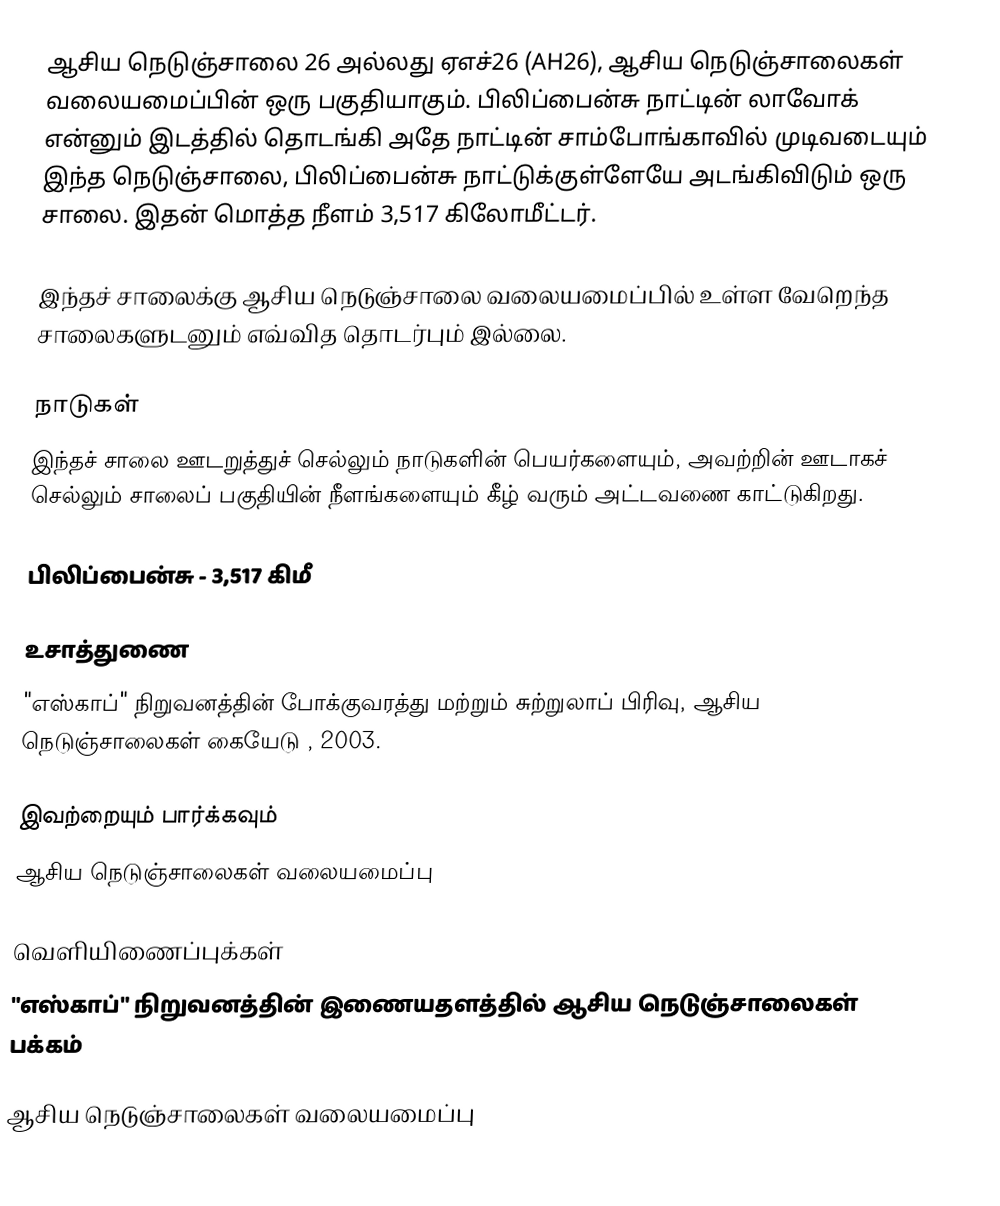
ஆசிய நெடுஞ்சாலை 26 அல்லது ஏஎச்26 (AH26), ஆசிய நெடுஞ்சாலைகள் வலையமைப்பின் ஒரு பகுதியாகும். பிலிப்பைன்சு நாட்டின் லாவோக் என்னும் இடத்தில் தொடங்கி அதே நாட்டின் சாம்போங்காவில் முடிவடையும் இந்த நெடுஞ்சாலை, பிலிப்பைன்சு நாட்டுக்குள்ளேயே அடங்கிவிடும் ஒரு சாலை. இதன் மொத்த நீளம் 3,517 கிலோமீட்டர்.

இந்தச் சாலைக்கு ஆசிய நெடுஞ்சாலை வலையமைப்பில் உள்ள வேறெந்த சாலைகளுடனும் எவ்வித தொடர்பும் இல்லை.

நாடுகள்
இந்தச் சாலை ஊடறுத்துச் செல்லும் நாடுகளின் பெயர்களையும், அவற்றின் ஊடாகச் செல்லும் சாலைப் பகுதியின் நீளங்களையும் கீழ் வரும் அட்டவணை காட்டுகிறது.

 பிலிப்பைன்சு - 3,517 கிமீ

உசாத்துணை
 "எஸ்காப்" நிறுவனத்தின் போக்குவரத்து மற்றும் சுற்றுலாப் பிரிவு, ஆசிய நெடுஞ்சாலைகள் கையேடு , 2003.

இவற்றையும் பார்க்கவும்
 ஆசிய நெடுஞ்சாலைகள் வலையமைப்பு

வெளியிணைப்புக்கள்
 "எஸ்காப்" நிறுவனத்தின் இணையதளத்தில் ஆசிய நெடுஞ்சாலைகள் பக்கம்

ஆசிய நெடுஞ்சாலைகள் வலையமைப்பு